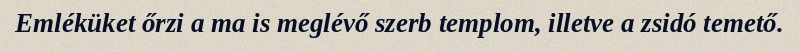
Emléküket őrzi a ma is meglévő szerb templom, illetve a zsidó temető.